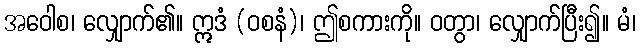
အဝေါစ၊ လျှောက်၏။ ဣဒံ (ဝစနံ)၊ ဤစကားကို။ ဝတွာ၊ လျှောက်ပြီး၍။ မံ၊